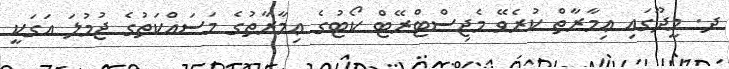
ދ. މީދޫގައި ޢިމާރާތް ކުރެވޭ މެޖިސްޓްރޭޓް ކޯޓުގެ ޢިމާރާތުގެ މަސައްކަތުގެ ޖުމުލަ އަގަކީ